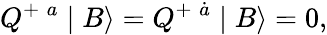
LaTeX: Q^{+\; a}\mid B\rangle=Q^{+\; \dot{a}}\mid B\rangle=0,